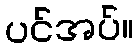
ပင်အပ်။